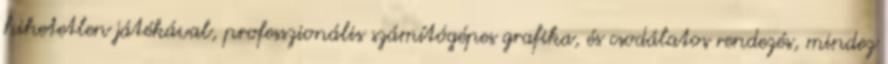
hihetetlen játékával, professzionális számítógépes grafika, és csodálatos rendezés, mindez